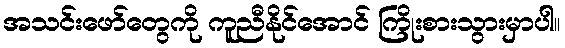
အသင်းဖော်တွေကို ကူညီနိုင်အောင် ကြိုးစားသွားမှာပါ။